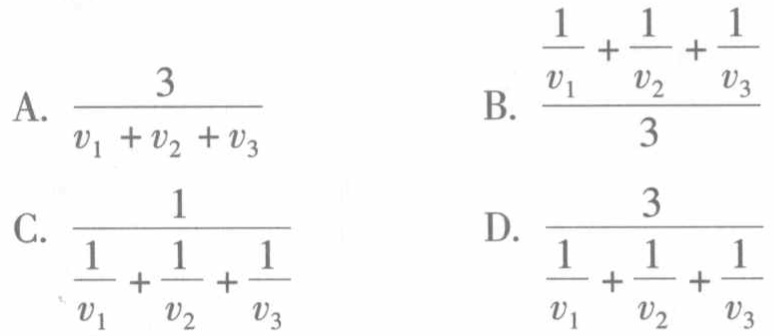
A. $\frac{3}{v_{1}+v_{2}+v_{3}}$
B. $\frac{\frac{1}{v_{1}}+\frac{1}{v_{2}}+\frac{1}{v_{3}}}{3}$
C. $\frac{1}{\frac{1}{v_{1}}+\frac{1}{v_{2}}+\frac{1}{v_{3}}}$
D. $\frac{3}{\frac{1}{v_{1}}+\frac{1}{v_{2}}+\frac{1}{v_{3}}}$